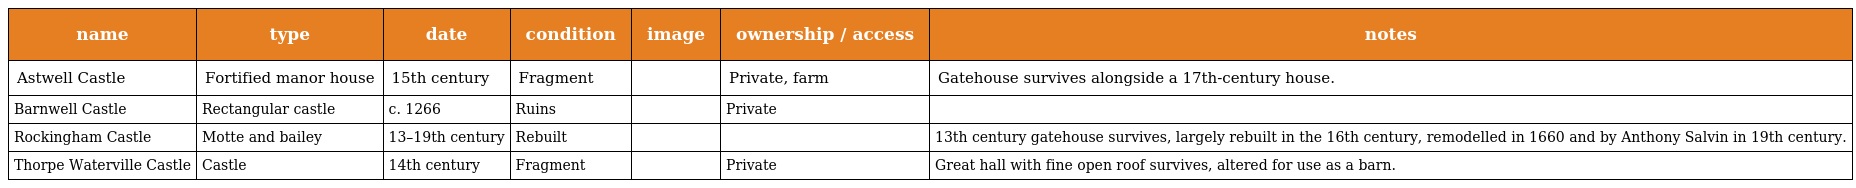
| name | type | date | condition | image | ownership / access | notes |
 | --- | --- | --- | --- | --- | --- | --- |
 | Astwell Castle | Fortified manor house | 15th century | Fragment |  | Private, farm | Gatehouse survives alongside a 17th-century house. |
 | Barnwell Castle | Rectangular castle | c. 1266 | Ruins |  | Private |  |
 | Rockingham Castle | Motte and bailey | 13–19th century | Rebuilt |  |  | 13th century gatehouse survives, largely rebuilt in the 16th century, remodelled in 1660 and by Anthony Salvin in 19th century. |
 | Thorpe Waterville Castle | Castle | 14th century | Fragment |  | Private | Great hall with fine open roof survives, altered for use as a barn. |